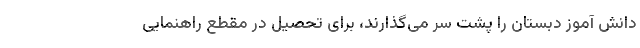
دانش آموز دبستان را پشت سر می‌گذارند، برای تحصیل در مقطع راهنمایی